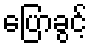
ပြောခွင့်